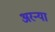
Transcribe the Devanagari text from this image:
अरन्या